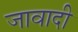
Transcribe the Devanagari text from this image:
जावादी